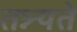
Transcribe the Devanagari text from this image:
तन्न्न्यते